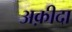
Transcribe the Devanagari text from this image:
अक़ीदा